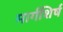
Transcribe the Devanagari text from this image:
मार्गशिर्ष